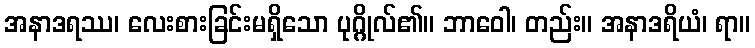
အနာဒရဿ၊ လေးစားခြင်းမရှိသော ပုဂ္ဂိုလ်၏။ ဘာဝေါ၊ တည်း။ အနာဒရိယံ၊ ရာ။